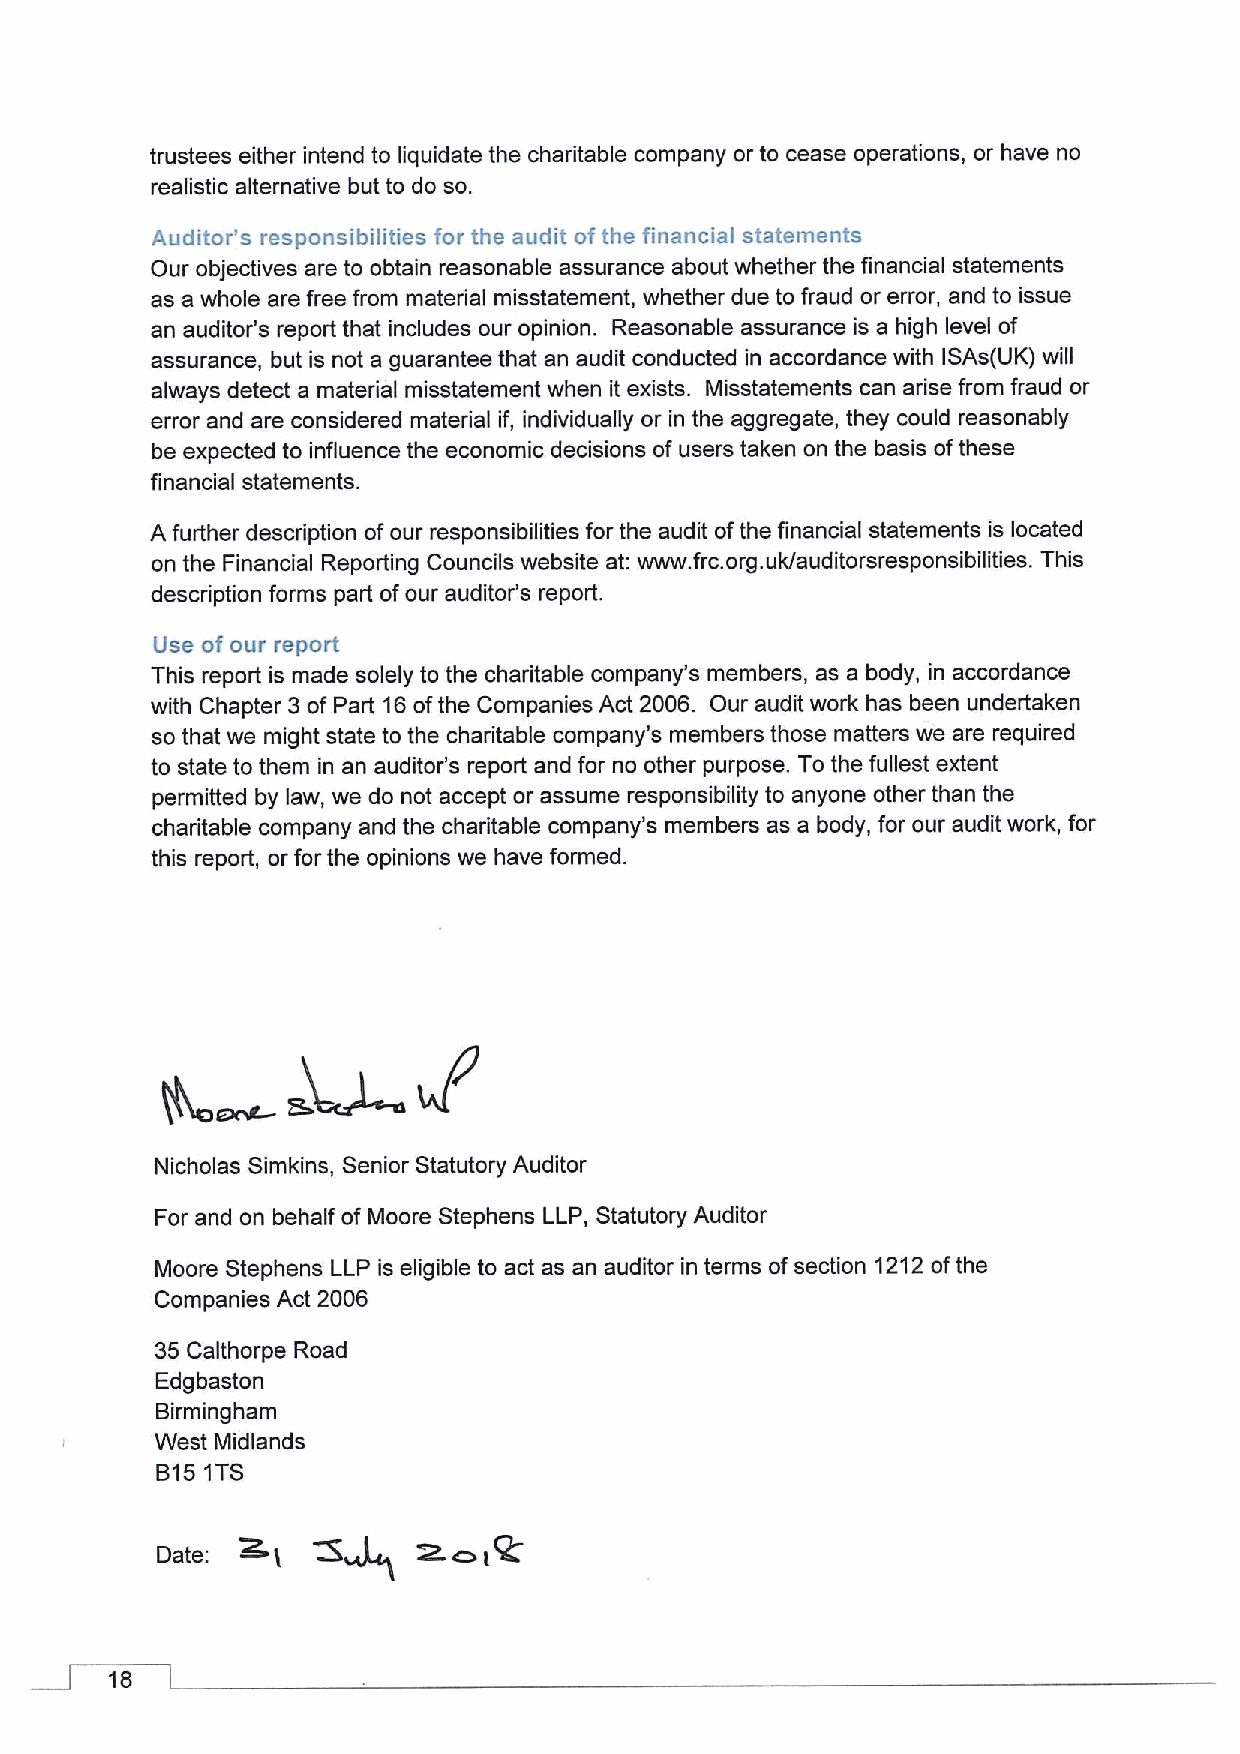
trustees either intend to liquidate the charitable company or to cease operations, or have no
 realistic alternative but to do so.
 Auditor's responsibilities for the audit ofthe financial statements
 Our objectives are to obtain reasonable assurance about whether the financial statements
 as a whole are free from material misstatement, whether due to fraud or error, and to issue
 an auditor's report that includes our opinion. Reasonable assurance is a high level of
 assurance, but is not a guarantee that an audit conducted in accordance with ISAs(UK) will
 always detect a material misstatement when it exists. Misstatements can arise from fraud or
 error and are considered material if, individually or in the aggregate, they could reasonably
 be expected to influence the economic decisions of users taken on the basis ofthese
 financial statements.
 A further description ofour responsibilities for the audit ofthe financial statements is located
 on the Financial Reporting Councils website at: www. frc.org.uk/auditorsresponsibilities. This
 description forms part ofour auditor's report.
 Use of our report
 This report is made solely to the charitable company's members, as a body, in accordance
 with Chapter 3 of Part 16ofthe Companies Act 2006. Our audit work has been undertaken
 so that we might state to the charitable company's members those matters we are required
 to state to them in an auditor's report and for no other purpose. To the fullest extent
 permitted by law, we do not accept or assume responsibility to anyone other than the
 charitable company and the charitable company's members as a body, for our audit work, for
 this report, or for the opinions we have formed.
 Nicholas Simkins, Senior Statutory Auditor
 For and on behalf of Moore Stephens LLP, Statutory Auditor
 Moore Stephens LLP is eligible to act as an auditor in terms ofsection 1212ofthe
 Companies Act 2006
 35 Calthorpe Road
 Edgbaston
 Birmingham
 West Midlands
 B151TS
 Date:
 16